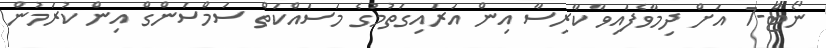
ނޯޓް-7 އަށް ދިމާވެފައިވާ ކާރިސާ އިން އަރައިގަތުމުގެ މަސައްކަތް ސަމްސަންގް އިން ކުރަމުން